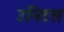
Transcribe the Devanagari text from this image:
उनिटस